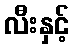
လီးနှင့်